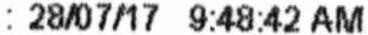
: 28/07/17 9:48:42 AM